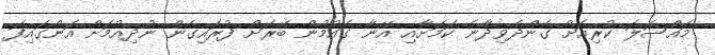
މައްސަލަ ކުރިއަށް ގެންދެވިދާނެ ކަމަށާއި އޭނާ ގައުމުން ބޭރަށް ފުރައިގެން ނުދިއުމަށް އަންގައިފަ